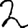
Digit: 2